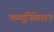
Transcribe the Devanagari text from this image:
कम्‍यूनिकेशन